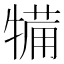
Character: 犕